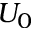
U _ { 0 }